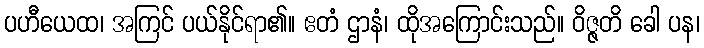
ပဟီယေထ၊ အကြင် ပယ်နိုင်ရာ၏။ ဧတံ ဌာနံ၊ ထိုအကြောင်းသည်။ ဝိဇ္ဇတိ ခေါ ပန၊